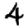
Digit: 4